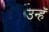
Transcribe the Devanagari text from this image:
उन्हॅ